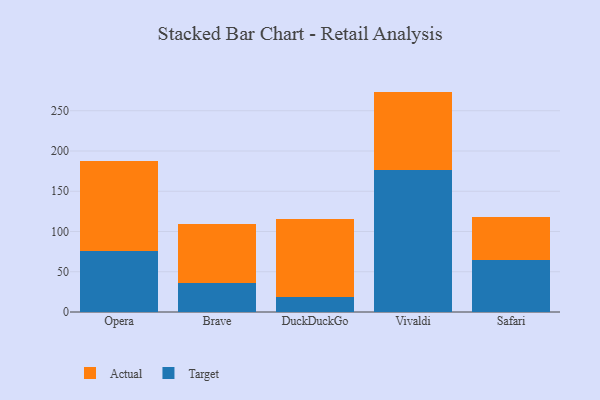
{"axis": {"x": "Browser", "y": "Conversion Rate (%)"}, "legend": ["Actual", "Target"], "data": [{"x": "Opera", "y": 75.6, "type": "Target"}, {"x": "Opera", "y": 111.8, "type": "Actual"}, {"x": "Brave", "y": 36.0, "type": "Target"}, {"x": "Brave", "y": 73.1, "type": "Actual"}, {"x": "DuckDuckGo", "y": 19.2, "type": "Target"}, {"x": "DuckDuckGo", "y": 96.7, "type": "Actual"}, {"x": "Vivaldi", "y": 176.3, "type": "Target"}, {"x": "Vivaldi", "y": 97.5, "type": "Actual"}, {"x": "Safari", "y": 64.5, "type": "Target"}, {"x": "Safari", "y": 53.6, "type": "Actual"}]}